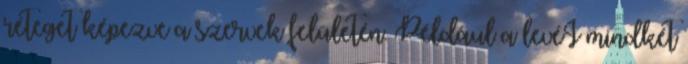
réteget képezve a szervek felületén. Például a levéI mindkét